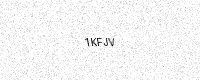
Text: 1KFJV